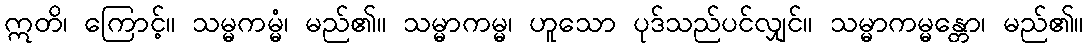
ဣတိ၊ ကြောင့်။ သမ္မကမ္မံ၊ မည်၏။ သမ္မာကမ္မ၊ ဟူသော ပုဒ်သည်ပင်လျှင်။ သမ္မာကမ္မန္တော၊ မည်၏။